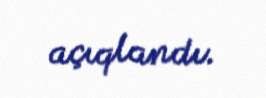
açıqlandı.